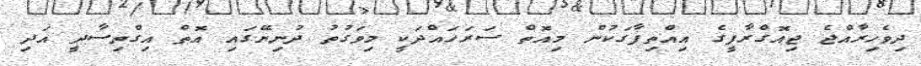
ދިވެހިރާއްޖެ ޖިއޮގްރާފީގެ އިއްތިފާގަކުން މިއޮތް ސަރަހައްދަކީ މިވަގުތު ދުނިޔޭގައި އޮތް އިގްތިސާދީ އަދި